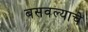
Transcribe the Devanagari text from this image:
बसवल्याचे